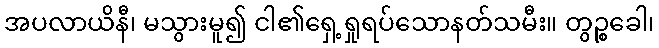
အပလာယိနီ၊ မသွားမူ၍ ငါ၏ရှေ့ရှုရပ်သောနတ်သမီး။ တွဉ္စခေါ၊